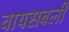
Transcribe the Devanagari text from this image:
वायसबली